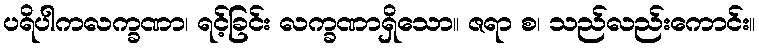
ပရိပါကလက္ခဏာ၊ ရင့်ခြင်း လက္ခဏာရှိသော။ ဇရာ စ၊ သည်လည်းကောင်း။